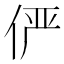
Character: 俨